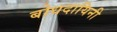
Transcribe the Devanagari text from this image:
बोधदायिनी